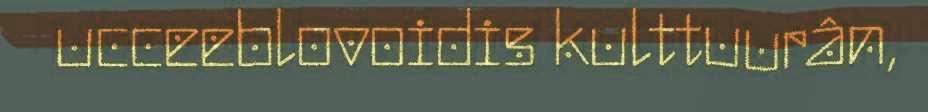
ucceeblovoidis kulttuurân,